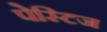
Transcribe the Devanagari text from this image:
पेस्टिज